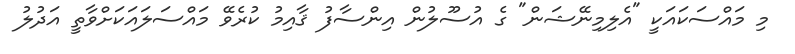
މި މައްސަކައަކީ "އެލިމިނޭޝަން" ގެ އުސޫލުން އިންސާފު ޤާއިމު ކުރެވޭ މައްސަލައަކަށްވާތީ އަދުލު